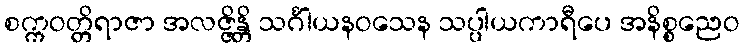
စက္ကဝတ္တိရာဇာ အလဇ္ဇိန္တိ သင်္ဂါယနဝသေန သပ္ပါယကာရီပေ အနိစ္စညေဝ